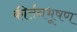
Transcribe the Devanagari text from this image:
कीर्तनभूषण